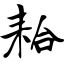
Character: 耠